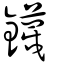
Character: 鑖